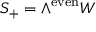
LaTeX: S _ { + } = \wedge ^ { \mathrm { e v e n } } W